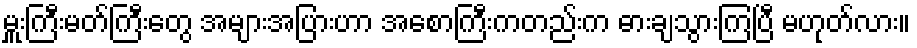
မှူးကြီးမတ်ကြီးတွေ အများအပြားဟာ အစောကြီးကတည်းက ဓားချသွားကြပြီ မဟုတ်လား။